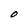
Character: O